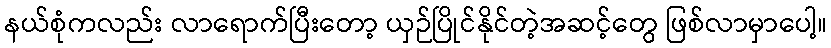
နယ်စုံကလည်း လာရောက်ပြီးတော့ ယှဉ်ပြိုင်နိုင်တဲ့အဆင့်တွေ ဖြစ်လာမှာပေါ့။